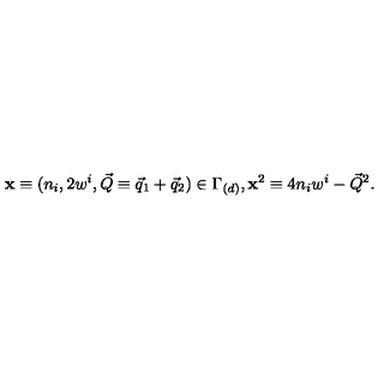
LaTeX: { \bf x } \equiv ( n _ { i } , 2 w ^ { i } , \vec { Q } \equiv \vec { q } _ { 1 } + \vec { q } _ { 2 } ) \in \Gamma _ { ( d ) } , { \bf x } ^ { 2 } \equiv 4 n _ { i } w ^ { i } - \vec { Q } ^ { 2 } .